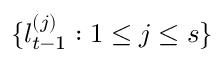
\{ l _ { t - 1 } ^ { ( j ) } : 1 \le j \le s \}